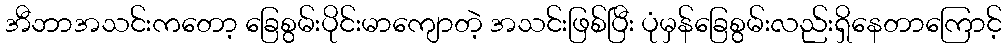
အီဘာအသင်းကတော့ ခြေစွမ်းပိုင်းမာကျောတဲ့ အသင်းဖြစ်ပြီး ပုံမှန်ခြေစွမ်းလည်းရှိနေတာကြောင့်